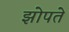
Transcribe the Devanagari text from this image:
झोपते